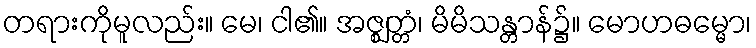
တရားကိုမူလည်း။ မေ၊ ငါ၏။ အဇ္ဈတ္တံ၊ မိမိသန္တာန်၌။ မောဟဓမ္မော၊